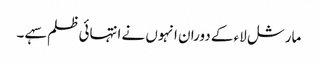
مارشل لاء کے دوران انہوں نے انتہائی ظلم سہے ۔